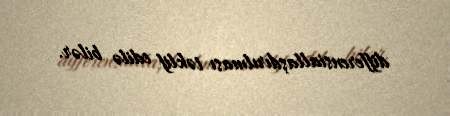
differensiallaşdırılması təklif edilə bilər.